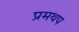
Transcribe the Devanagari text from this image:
प्रमथप